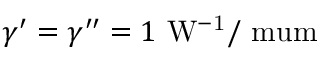
\gamma ^ { \prime } = \gamma ^ { \prime \prime } = 1 ~ \mathrm { W ^ { - 1 } / \ m u m }